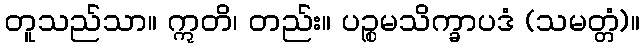
တူသည်သာ။ ဣတိ၊ တည်း။ ပဉ္စမသိက္ခာပဒံ (သမတ္တံ)။